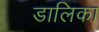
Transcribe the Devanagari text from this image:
डालिका